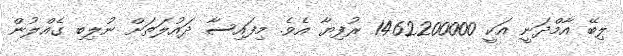
ލިބޭ އާމްދަނީ އަކީ 1462200000 ރުފިޔާ އެވެ. މިފައިސާ ދައުލަތަށް ނުލިބި ގެއްލުން